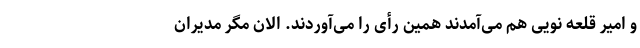
و امیر قلعه نویی هم می‌آمدند همین رأی را می‌آوردند. الان مگر مدیران